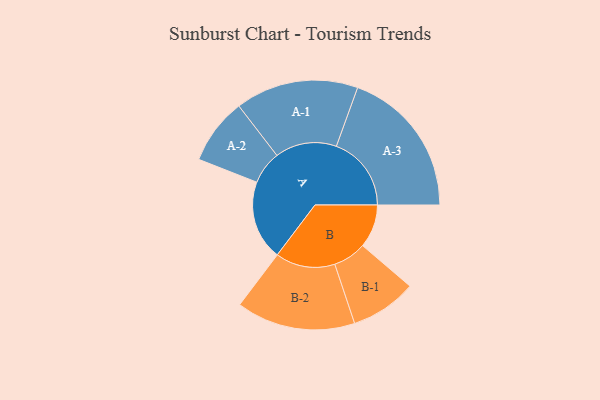
{"axis": {"x": "Segment", "y": "Value"}, "legend": ["", "A", "B"], "data": [{"x": "A", "y": 314, "type": ""}, {"x": "B", "y": 171, "type": ""}, {"x": "A-1", "y": 243, "type": "A"}, {"x": "A-2", "y": 131, "type": "A"}, {"x": "A-3", "y": 296, "type": "A"}, {"x": "B-1", "y": 131, "type": "B"}, {"x": "B-2", "y": 235, "type": "B"}]}